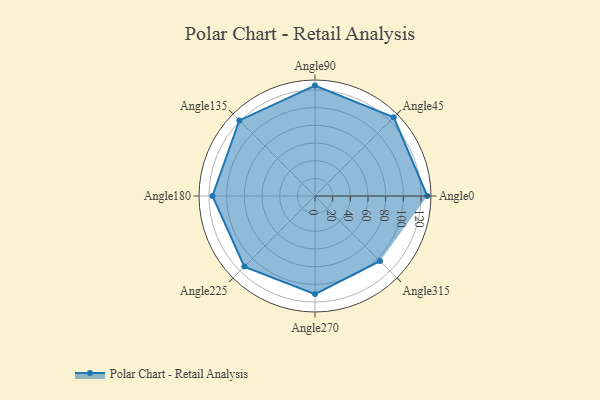
{"axis": {"x": "Angle", "y": "Radius"}, "legend": [""], "data": [{"x": "Angle0", "y": 127.0, "type": ""}, {"x": "Angle45", "y": 126.0, "type": ""}, {"x": "Angle90", "y": 125.0, "type": ""}, {"x": "Angle135", "y": 121.0, "type": ""}, {"x": "Angle180", "y": 116.0, "type": ""}, {"x": "Angle225", "y": 113.0, "type": ""}, {"x": "Angle270", "y": 111.0, "type": ""}, {"x": "Angle315", "y": 104.0, "type": ""}]}